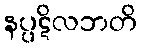
နပ္ပဋိလဘတိ